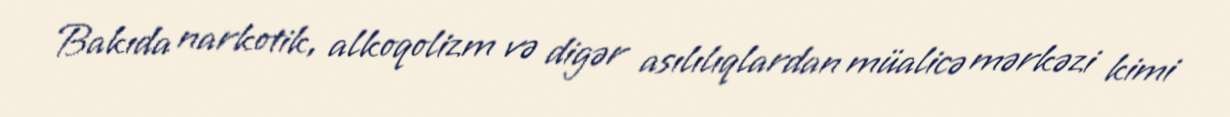
Bakıda narkotik, alkoqolizm və digər asılılıqlardan müalicə mərkəzi kimi